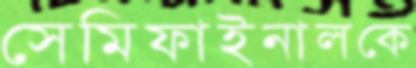
সেমিফাইনালকে